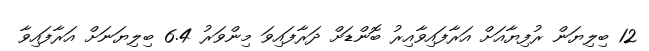
12 ބިލިޔަން ރުފިޔާއަށް އަރާފައިވާއިރު ބޮންޑަށް ދަރާފައިވަ މިންވަރު 6.4 ބިލިޔަނަށް އަރާފައިވާ